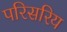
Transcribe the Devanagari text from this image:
परिसरिय